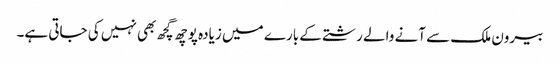
بیرون ملک سے آنے والے رشتے کے بارے میں زیادہ پوچھ گچھ بھی نہیں کی جاتی ہے۔